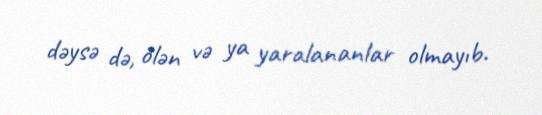
dəysə də, ölən və ya yaralananlar olmayıb.